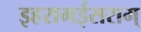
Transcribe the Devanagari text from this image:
इहरामईसराम्